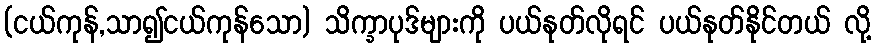
(ငယ်ကုန်,သာ၍ငယ်ကုန်သော) သိက္ခာပုဒ်များကို ပယ်နုတ်လိုရင် ပယ်နုတ်နိုင်တယ် လို့